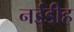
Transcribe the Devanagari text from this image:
नईडीह